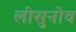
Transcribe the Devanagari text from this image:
लीसुनोव